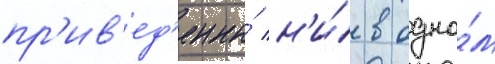
пр'ив'ед'ены́ н'и́ в одно́м